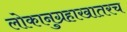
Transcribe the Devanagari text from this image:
लोकानुग्रहाखातरच